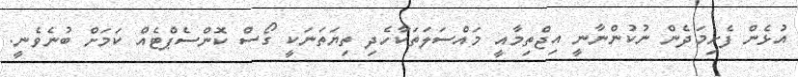
އުޅެން ފެށިމަދެން ނުކުންނާނީ އިޖްތިމާއީ މައްސަލަތަކާހެދި ތިޔަތަނަކީ ގޯސް ކޮންސެޕްޓެއް ކަމަށް ބުނެވެނީ.